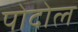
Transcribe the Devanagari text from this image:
पोदोल